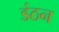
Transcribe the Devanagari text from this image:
डंठन